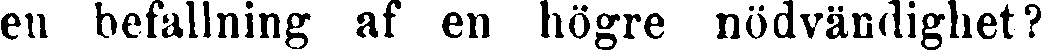
eu befallning af en högre nödvändighet?